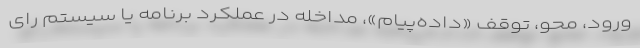
ورود، محو، توقف «داده‌پیام»، مداخله در عملکرد برنامه یا سیستم رای